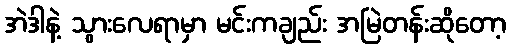
အဲဒါနဲ့ သွားလေရာမှာ မင်းကချည်း အမြဲတန်းဆိုတော့